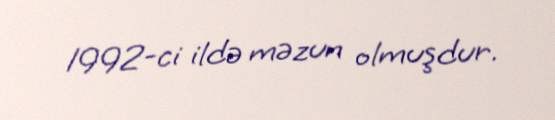
1992-ci ildə məzun olmuşdur.